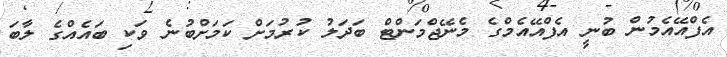
އެފްއޭއެމުން ބުނީ އެފްއޭއެމްގެ މެނޭޖްމަންޓް ބަދަލު ކުރުމަށް ކަމަށްބުނެ ވަކި ބައެއްގެ ލާބަ